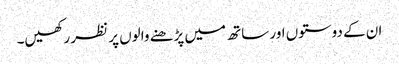
ان کے دوستوں اور ساتھ میں پڑھنے والوں پر نظر رکھیں۔